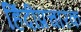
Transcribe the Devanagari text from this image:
हिंदीप्रचारक